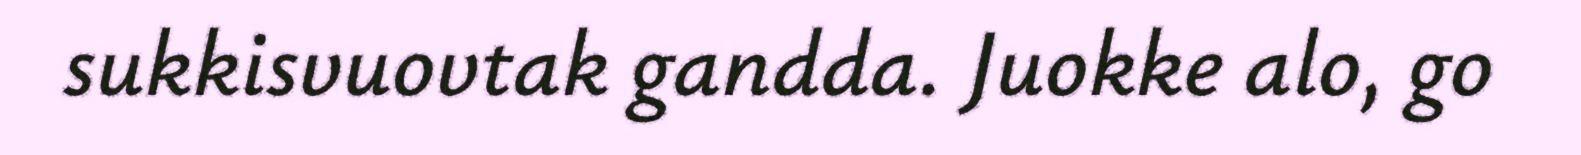
sukkisvuovtak gandda. Juokke alo, go